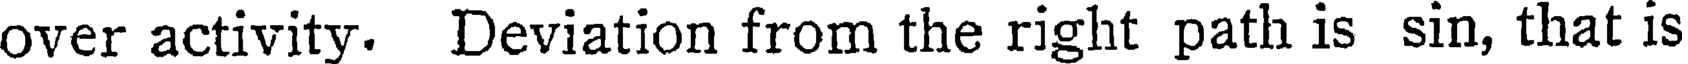
over activity. Deviation from the right path is sin, that is